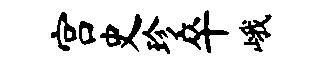
宫史珍卒峨